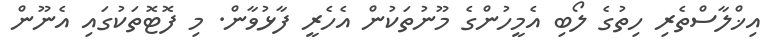
އިޚްލާސްތެރި ހިތުގެ ލޯބި އެމީހުންގެ މޫނުތަކުން އެހެރީ ފާޅުވާން. މި ފޮޓޮތަކުގައި އެނޫން